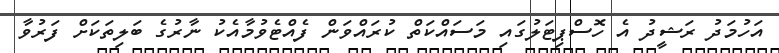
އަހުމަދު ރަޝީދު އެ ހޮސްޕިޓަލުގައި މަސައްކަތް ކުރައްވަން ފެއްޓެވުމާއެކު ނާރުގެ ބަލިތަކަށް ފަރުވާ